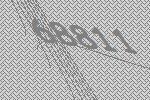
68811